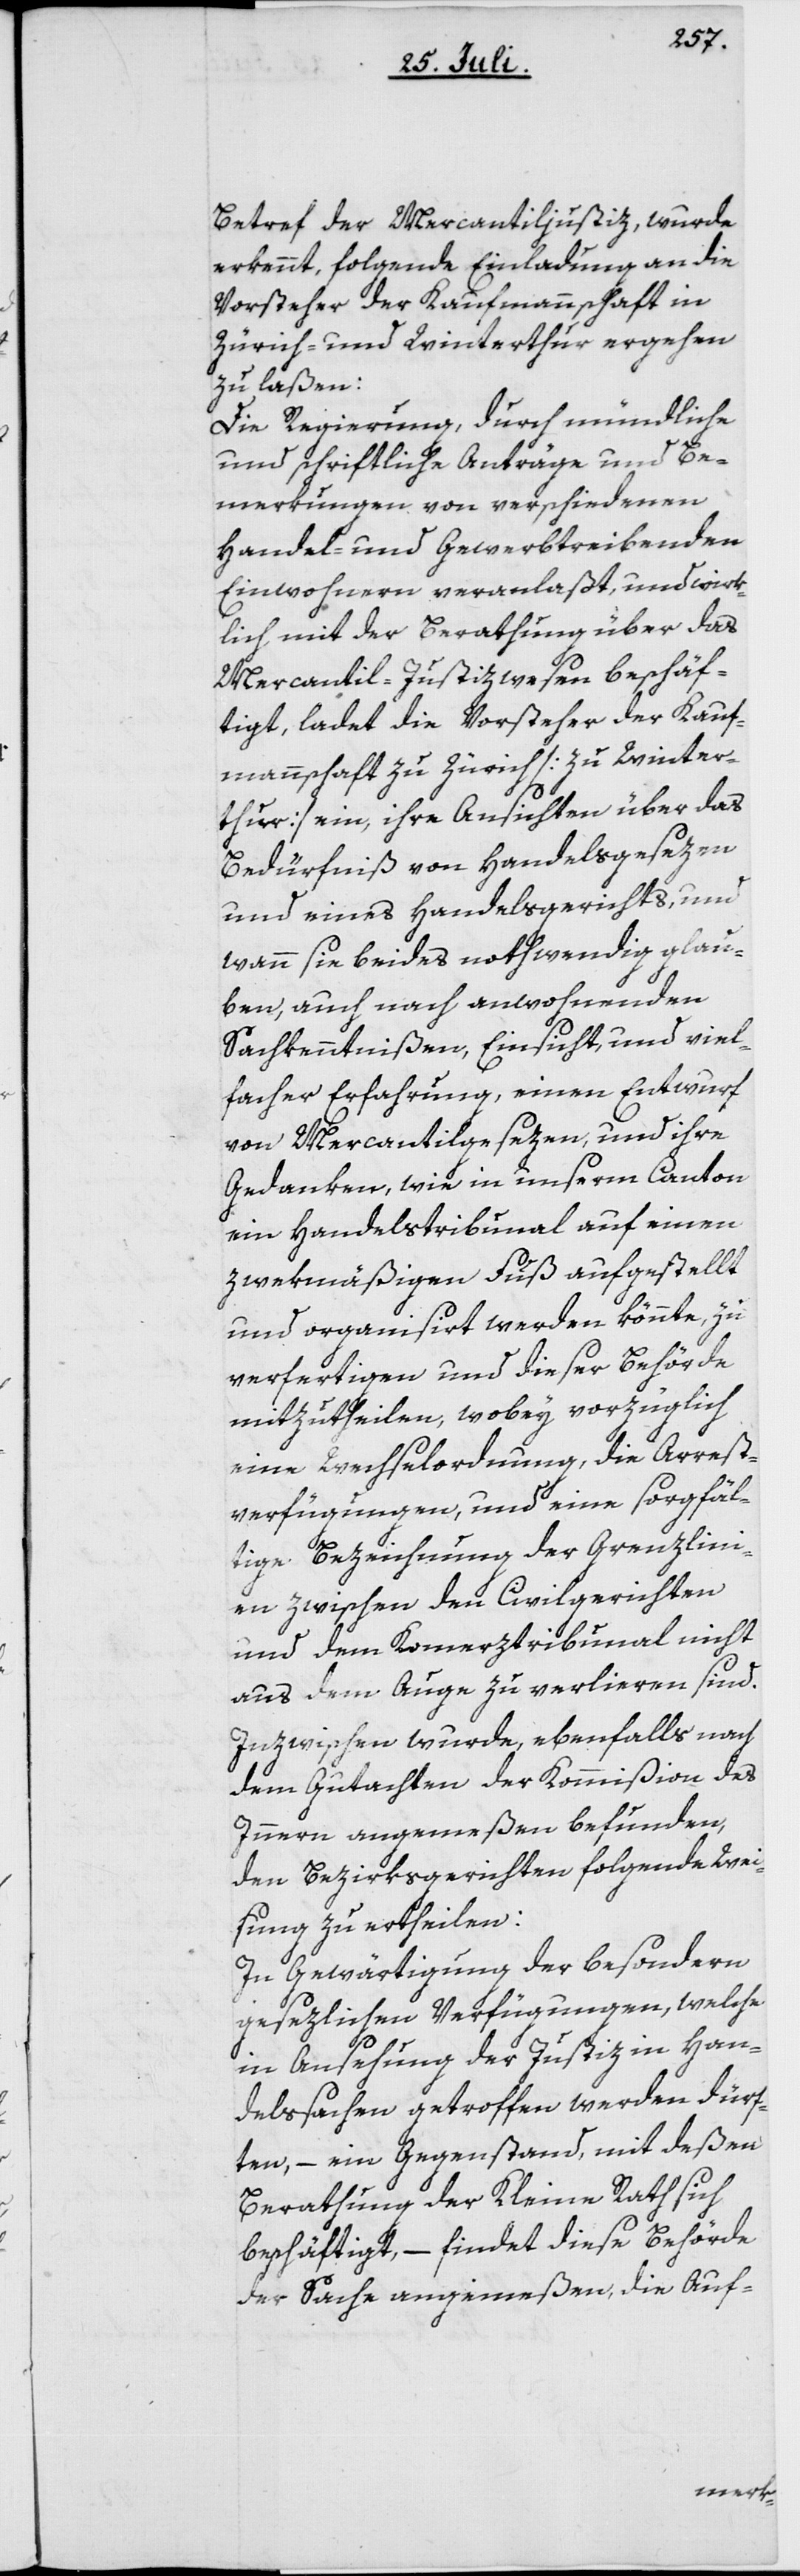
Betref der Mercantiljustiz, wurde
erkennt, folgende Einladung an die
Vorsteher der Kaufmannschaft in
Zürich und Winterthur ergehen
zu laßen:
Die Regierung, durch mündliche
und schriftliche Anträge und Be¬
merkungen von verschiedenen
Handel- und Gewerbtreibenden
Einwohnern veranlaßt, und wirk¬
lich mit der Berathung über das
Mercantil-Justizwesen beschäf¬
tigt, ladet die Vorsteher der Kauf¬
mannschaft zu Zürich [zu Winter¬
thur] ein, ihre Ansichten über das
Bedürfniß von Handelsgesezen
und eines Handelsgerichts, und
wann sie beides nothwendig glau¬
ben, auch nach anwohnenden
Sachkenntnißen, Einsicht, und viel¬
facher Erfahrung, einen Entwurf
von Mercantilgesezen, und ihre
Gedanken, wie in unserm Canton
ein Handelstribunal auf einen
zwekmäßigen Fuß aufgestellt
und organisirt werden könnte, zu
verfertigen und dieser Behörde
mitzutheilen, wobey vorzüglich
eine Wechselordnung, die Arrest¬
verfügungen, und eine sorgfäl¬
tige Bezeichnung der Grenzlini¬
en zwischen den Civilgerichten
und dem Komerztribunal nicht
aus dem Auge zu verlieren sind.
Inzwischen wurde, ebenfalls nach
dem Gutachten der Kommißion des
Innern angemeßen befunden,
den Bezirksgerichten folgende Wei¬
sung zu ertheilen:
In Gewärtigung der besondern
gesezlichen Verfügungen, welche
in Ansehung der Justiz in Han¬
delssachen getroffen werden dürf¬
ten, – ein Gegenstand, mit deßen
Berathung der Kleine Rath sich
beschäftigt, – findet diese Behörde
der Sache angemeßen, die Auf-